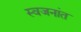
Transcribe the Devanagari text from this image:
स्वजनांत